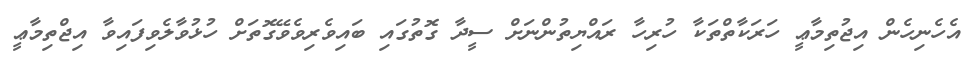
އެހެނިހެން އިޖުތިމާޢީ ހަރަކާތްތަކާ ހުރިހާ ރައްޔިތުންނަށް ސީދާ ގޮތުގައި ބައިވެރިވެވޭގޮތަށް ހުޅުވާލެވިފައިވާ އިޖްތިމާޢީ